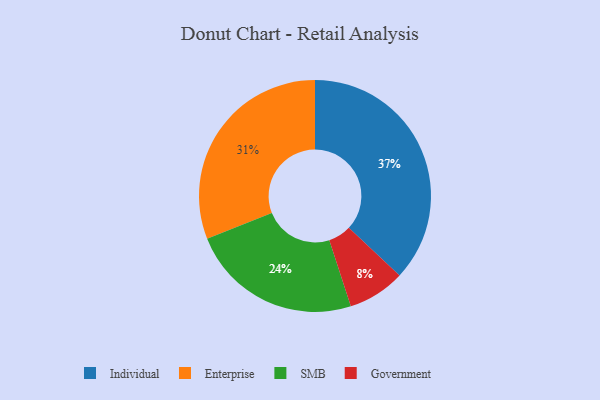
{"axis": {"x": "Category", "y": "Percentage"}, "legend": ["Enterprise", "Government", "Individual", "SMB"], "data": [{"x": "Government", "y": 8, "type": "Government"}, {"x": "Enterprise", "y": 31, "type": "Enterprise"}, {"x": "Individual", "y": 37, "type": "Individual"}, {"x": "SMB", "y": 24, "type": "SMB"}]}